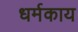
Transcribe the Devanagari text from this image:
धर्मकाय